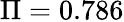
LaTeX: \Pi=0.786